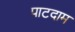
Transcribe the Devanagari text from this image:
पाटदाम